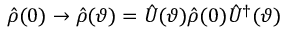
\hat { \rho } ( 0 ) \rightarrow \hat { \rho } ( \vartheta ) = \hat { U } ( \vartheta ) \hat { \rho } ( 0 ) \hat { U } ^ { \dag } ( \vartheta )